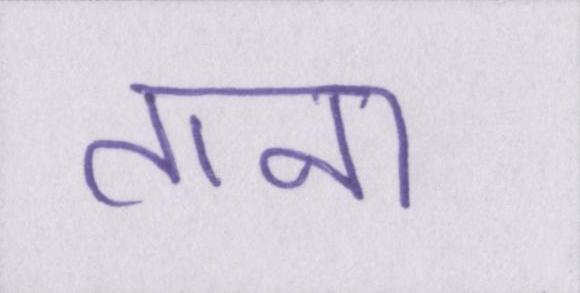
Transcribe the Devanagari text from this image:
ताना